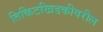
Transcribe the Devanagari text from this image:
तिकिटखिडकीवरील